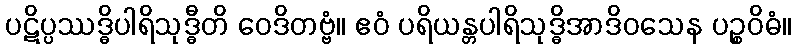
ပဋိပ္ပဿဒ္ဓိပါရိသုဒ္ဓီတိ ဝေဒိတဗ္ဗံ။ ဧဝံ ပရိယန္တပါရိသုဒ္ဓိအာဒိဝသေန ပဉ္စဝိဓံ။